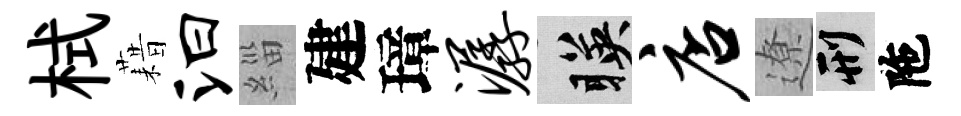
栻藉汩緇建璋潺暎店遼刑陁